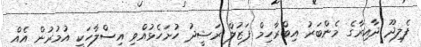
ފެލިދޫ ދާއިރާގެ މެންބަރު އިބްރާހިމް ފަޒުލް ރަޝީދު ހުށަހެޅުއްވި އިސްލާހަކީ އުމުރުން އެއް